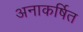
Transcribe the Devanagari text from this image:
अनाकर्षित